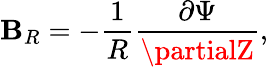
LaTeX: \mathbf{B}_{R}=-\frac{{1}}{{R}}\frac{{\partial\Psi}}{{\partialZ}},